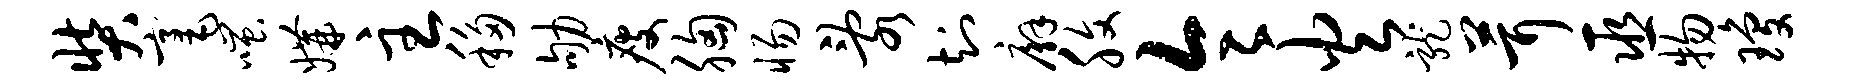
奘毫嗤媾主移劬瘦胸惕乱知廨腹令火龙茸巫物琼